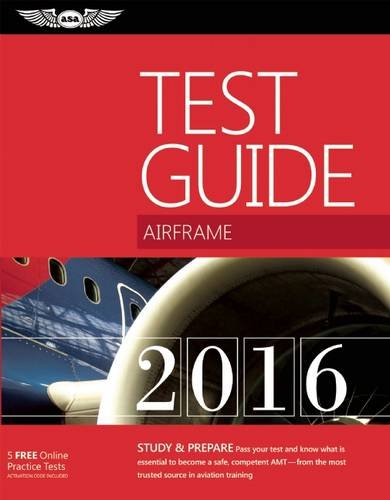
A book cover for Airframe Test Guide 2016: The "Fast-Track" to Study for and Pass the Aviation Maintenance Technician Knowledge Exam (Fast-Track Test Guides); ASA Test Prep Board; Engineering & Transportation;